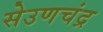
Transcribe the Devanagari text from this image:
सेउणचंद्र